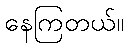
နေကြတယ်။